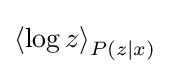
\left\langle \log z\right\rangle _{P(z\mid x)}